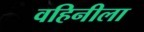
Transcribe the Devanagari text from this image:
वहिनीला